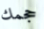
حجمك